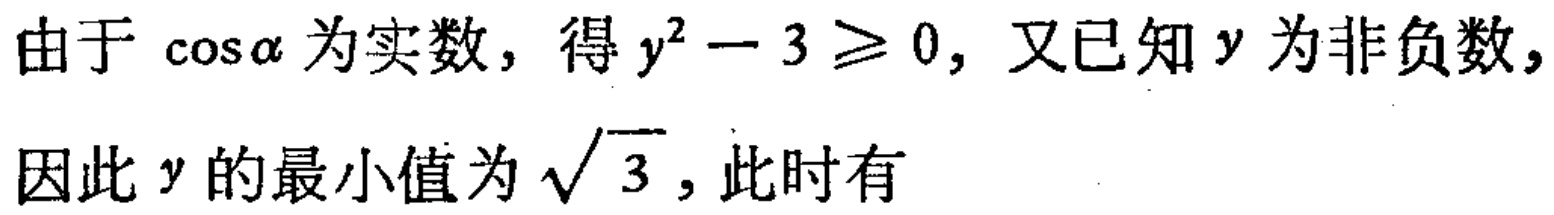
由于\(\cos\alpha\)为实数，得\(y^{2}-3\geqslant 0\)，又已知\(y\)为非负数，因此\(y\)的最小值为\(\sqrt{3}\)，此时有